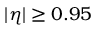
{ | \eta | \geq 0 . 9 5 }